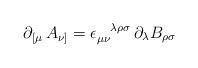
\begin{align*}\partial _{[\mu} \, A _{\nu ]}=\epsilon _{\mu \nu }^{\phantom{\mu \nu }\lambda \rho \sigma } \, \partial _\lambda B_{\rho \sigma }\end{align*}